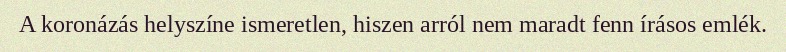
A koronázás helyszíne ismeretlen, hiszen arról nem maradt fenn írásos emlék.